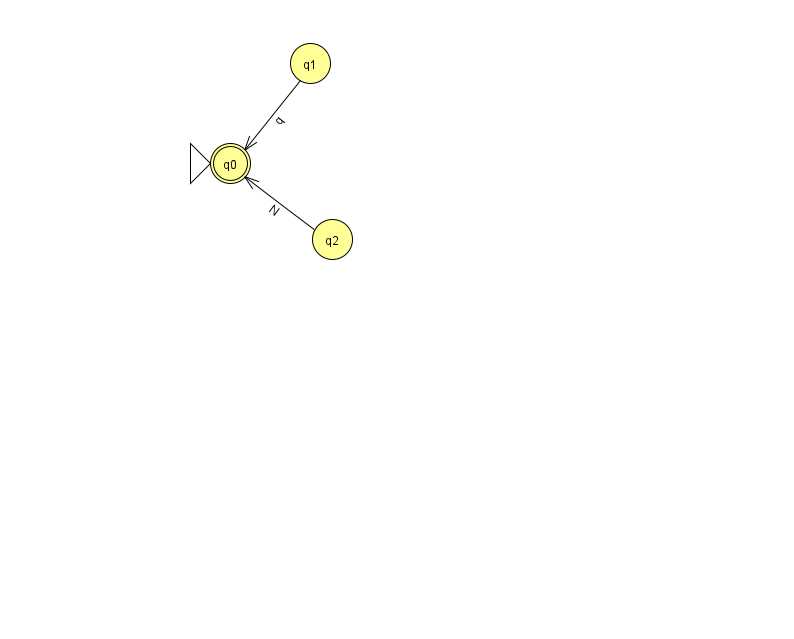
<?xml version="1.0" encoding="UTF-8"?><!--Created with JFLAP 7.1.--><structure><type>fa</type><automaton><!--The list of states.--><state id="0" name="q0"><x>230.0</x><y>150.0</y><initial/><final/></state><state id="1" name="q1"><x>310.0</x><y>50.0</y></state><state id="2" name="q2"><x>332.0</x><y>226.0</y></state><!--The list of transitions.--><transition><from>2</from><to>0</to><read>N</read></transition><transition><from>1</from><to>0</to><read>q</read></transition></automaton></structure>